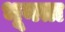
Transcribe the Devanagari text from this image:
भूनता